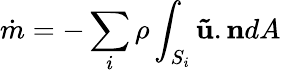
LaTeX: \dot{m}=-\sum_{i}\rho\int_{S_{i}}\mathbf{\tilde{u}}.\mathbf{n}dA